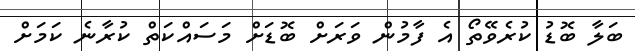
ބަލާ ބޮޑު ކުރެވޭތޯ އެ ފާމުން ވަރަށް ބޮޑަށް މަސައްކަތް ކުރާނެ ކަމަށް